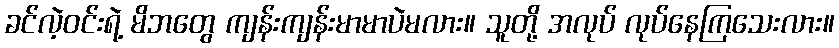
ခင်လဲ့ဝင်းရဲ့ မိဘတွေ ကျန်းကျန်းမာမာပဲမလား။ သူတို့ အလုပ် လုပ်နေကြသေးလား။